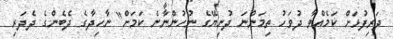
ދަރިފުޅަށް ކަމެއްވާ ދުވަހު ތިމަންނަ ދުނިޔޭގެ ނުހުންނާނެ ކަމަށް" ނާހިދާގެ ދެބެންގެ ދެދަރި